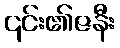
၎င်း၏ဇနီး